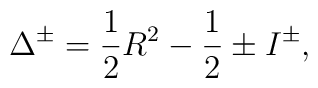
\Delta ^{\pm }=\frac{1}{2}R^{2}-\frac{1}{2}\pm I^{\pm },